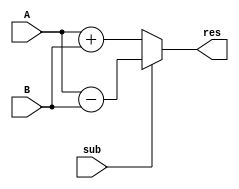
module simple7addorsub
(
input [6:0] A, B,
output [6:0] res,
input sub
);

reg [6:0] result;
assign res = result;
always @(*) begin

	if (sub)
		result = A - B;
	else
		result = A + B;

end

endmodule